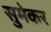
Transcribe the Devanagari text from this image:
सुमेकर